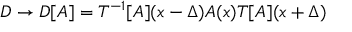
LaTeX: D \rightarrow D [ A ] = T ^ { - 1 } [ A ] ( x - \Delta ) A ( x ) T [ A ] ( x + \Delta )